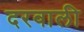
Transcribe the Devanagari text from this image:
दरवाली